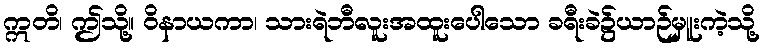
ဣတိ၊ ဤသို့။ ဝိနာယကာ၊ သားရဲဘီလူးအထူးပေါသော ခရီးခဲ၌ယာဉ်မှူးကဲ့သို့